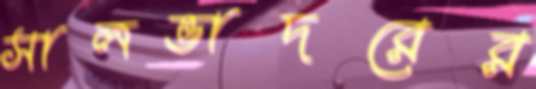
সালভাদরের